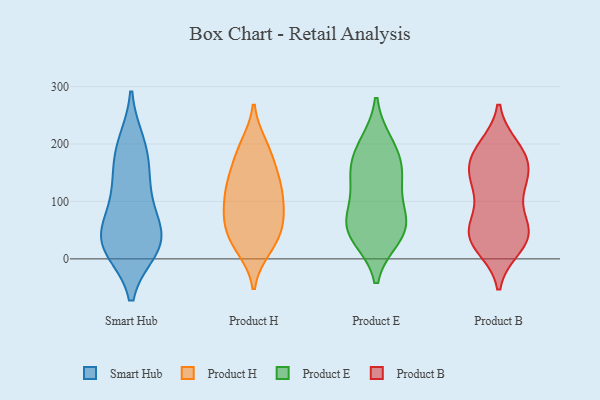
{"axis": {"x": "Latency (ms)", "y": "Value"}, "legend": ["Product B", "Product E", "Product H", "Smart Hub"], "data": [{"x": "", "y": 159, "type": "Smart Hub"}, {"x": "", "y": 36, "type": "Smart Hub"}, {"x": "", "y": 200, "type": "Smart Hub"}, {"x": "", "y": 21, "type": "Smart Hub"}, {"x": "", "y": 190, "type": "Smart Hub"}, {"x": "", "y": 38, "type": "Smart Hub"}, {"x": "", "y": 52, "type": "Smart Hub"}, {"x": "", "y": 19, "type": "Smart Hub"}, {"x": "", "y": 107, "type": "Smart Hub"}, {"x": "", "y": 116, "type": "Smart Hub"}, {"x": "", "y": 28, "type": "Smart Hub"}, {"x": "", "y": 198, "type": "Product H"}, {"x": "", "y": 104, "type": "Product H"}, {"x": "", "y": 177, "type": "Product H"}, {"x": "", "y": 148, "type": "Product H"}, {"x": "", "y": 73, "type": "Product H"}, {"x": "", "y": 64, "type": "Product H"}, {"x": "", "y": 130, "type": "Product H"}, {"x": "", "y": 145, "type": "Product H"}, {"x": "", "y": 29, "type": "Product H"}, {"x": "", "y": 65, "type": "Product H"}, {"x": "", "y": 22, "type": "Product H"}, {"x": "", "y": 18, "type": "Product H"}, {"x": "", "y": 113, "type": "Product H"}, {"x": "", "y": 196, "type": "Product H"}, {"x": "", "y": 117, "type": "Product H"}, {"x": "", "y": 46, "type": "Product H"}, {"x": "", "y": 81, "type": "Product H"}, {"x": "", "y": 67, "type": "Product E"}, {"x": "", "y": 199, "type": "Product E"}, {"x": "", "y": 57, "type": "Product E"}, {"x": "", "y": 138, "type": "Product E"}, {"x": "", "y": 44, "type": "Product E"}, {"x": "", "y": 156, "type": "Product E"}, {"x": "", "y": 188, "type": "Product E"}, {"x": "", "y": 137, "type": "Product E"}, {"x": "", "y": 73, "type": "Product E"}, {"x": "", "y": 39, "type": "Product E"}, {"x": "", "y": 194, "type": "Product B"}, {"x": "", "y": 190, "type": "Product B"}, {"x": "", "y": 50, "type": "Product B"}, {"x": "", "y": 25, "type": "Product B"}, {"x": "", "y": 146, "type": "Product B"}, {"x": "", "y": 33, "type": "Product B"}, {"x": "", "y": 44, "type": "Product B"}, {"x": "", "y": 42, "type": "Product B"}, {"x": "", "y": 166, "type": "Product B"}, {"x": "", "y": 21, "type": "Product B"}, {"x": "", "y": 46, "type": "Product B"}, {"x": "", "y": 89, "type": "Product B"}, {"x": "", "y": 127, "type": "Product B"}, {"x": "", "y": 186, "type": "Product B"}, {"x": "", "y": 120, "type": "Product B"}, {"x": "", "y": 142, "type": "Product B"}, {"x": "", "y": 179, "type": "Product B"}, {"x": "", "y": 150, "type": "Product B"}, {"x": "", "y": 58, "type": "Product B"}]}